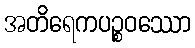
အတိရေကပဉ္စဝဿော